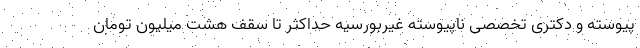
پیوسته و دکتری تخصصی ناپیوسته غیربورسیه حداکثر تا سقف هشت میلیون تومان